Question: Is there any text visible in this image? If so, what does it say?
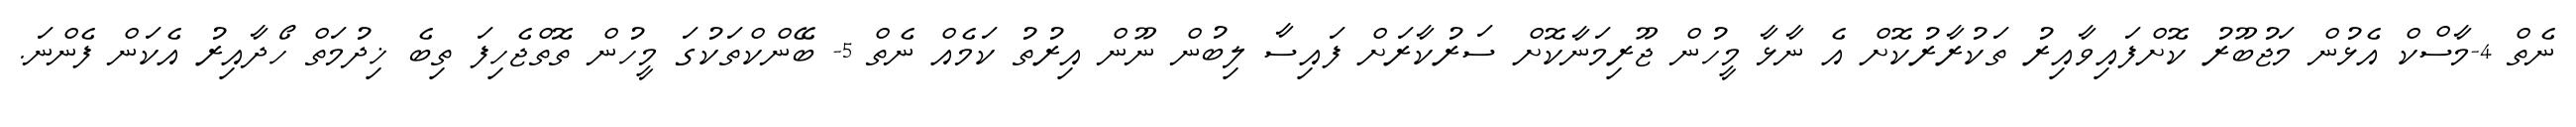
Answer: ނެތް 4-މާސްކް އެޅުން މަޖުބޫރު ކޮށްފައިވާއިރު ތަކުރާރުކޮށް އެ ނާޅާ މީހުން ޖޫރިމަނާކޮށް ސަރުކާރަށް ފައިސާ ލިބުން ނޫން އިރުތު ކަމެއް ނެތް 5- ބޭންކްތަކުގަ މީހުން ތޮތްޖެހިފަ ތިބެ ޚިދުމަތް ހޯދާއިރު އެކަން ފެންނަ.